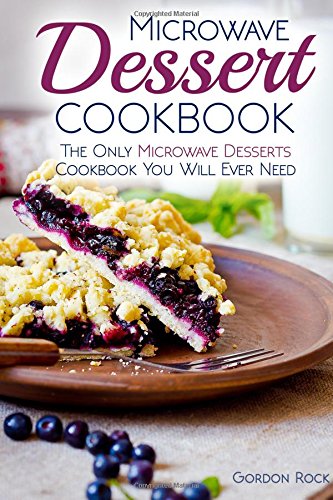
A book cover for Microwave Dessert Cookbook: The Only Microwave Desserts Cookbook You Will Ever Need; Gordon Rock; Cookbooks, Food & Wine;